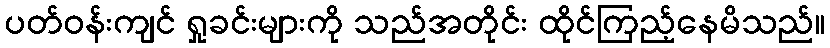
ပတ်ဝန်းကျင် ရှုခင်းများကို သည်အတိုင်း ထိုင်ကြည့်နေမိသည်။